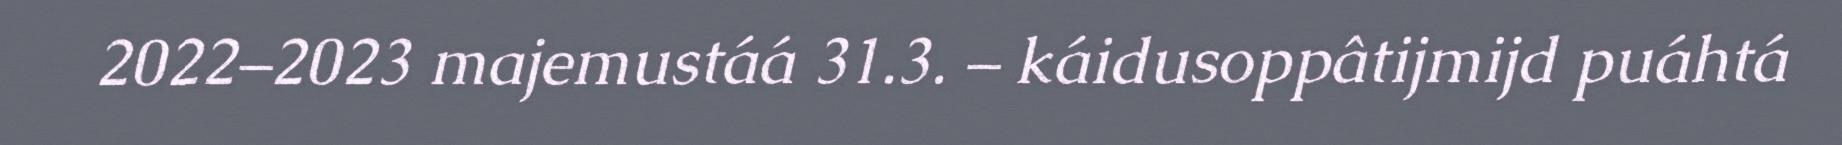
2022–2023 majemustáá 31.3. – káidusoppâtijmijd puáhtá